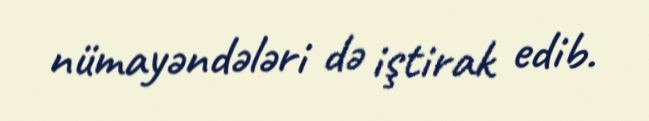
nümayəndələri də iştirak edib.